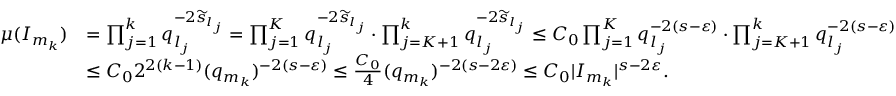
\begin{array} { r l } { \mu ( I _ { m _ { k } } ) } & { = \prod _ { j = 1 } ^ { k } q _ { l _ { j } } ^ { - 2 \widetilde { s } _ { l _ { j } } } = \prod _ { j = 1 } ^ { K } q _ { l _ { j } } ^ { - 2 \widetilde { s } _ { l _ { j } } } \cdot \prod _ { j = K + 1 } ^ { k } q _ { l _ { j } } ^ { - 2 \widetilde { s } _ { l _ { j } } } \le C _ { 0 } \prod _ { j = 1 } ^ { K } q _ { l _ { j } } ^ { - 2 ( s - \varepsilon ) } \cdot \prod _ { j = K + 1 } ^ { k } q _ { l _ { j } } ^ { - 2 ( s - \varepsilon ) } } \\ & { \leq C _ { 0 } 2 ^ { 2 ( k - 1 ) } ( q _ { m _ { k } } ) ^ { - 2 ( s - \varepsilon ) } \le \frac { C _ { 0 } } 4 ( q _ { m _ { k } } ) ^ { - 2 ( s - 2 \varepsilon ) } \leq C _ { 0 } | I _ { m _ { k } } | ^ { s - 2 \varepsilon } . } \end{array}